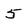
Character: 5